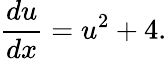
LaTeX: {\frac{du}{dx}}=u^{2}+4.